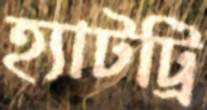
হ্যাটট্রি